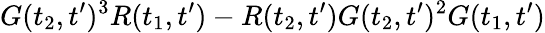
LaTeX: G(t_{2},t^{\prime})^{3}R(t_{1},t^{\prime})-R(t_{2},t^{\prime})G(t_{2},t^{\prime})^{2}G(t_{1},t^{\prime})